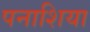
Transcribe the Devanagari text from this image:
पनाशिया